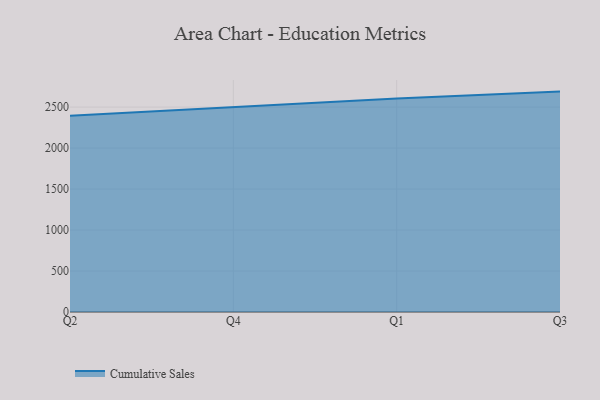
{"axis": {"x": "Quarter", "y": "Conversion Rate (%)"}, "legend": ["Cumulative Sales"], "data": [{"x": "Q2", "y": 2394.4, "type": "Cumulative Sales"}, {"x": "Q4", "y": 2497.4, "type": "Cumulative Sales"}, {"x": "Q1", "y": 2603.2, "type": "Cumulative Sales"}, {"x": "Q3", "y": 2688.8, "type": "Cumulative Sales"}]}